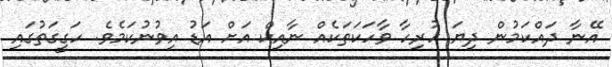
އޭނާ ދައްކަމުން ދިޔަ ހުރިހާ ވާހަކަތަކެއް ނާއިކް އަށް އަޑު އިވުނުކަމެވެ. ހަގީގަތުގައި